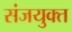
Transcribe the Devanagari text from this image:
संजयुक्त